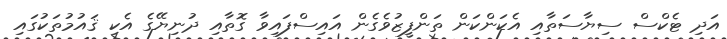
އަދި ޓެކްސް ސިޔާސަތާއި އެކަންކަން ތަންފީޒުވެގެން އައިސްފައިވާ ގޮތާއި ދުނިޔޭގެ އެކި ޤައުމުތަކުގައި